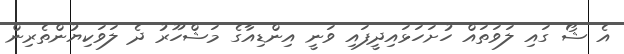
އެ ޝޯ ގައި ލަވަތައް ހުށަހަޅައިދީފައި ވަނީ އިންޑިއާގެ މަޝްހޫރު ދެ ލަވަކިޔުންތެރިން